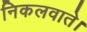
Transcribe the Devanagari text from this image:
निकलवाते।